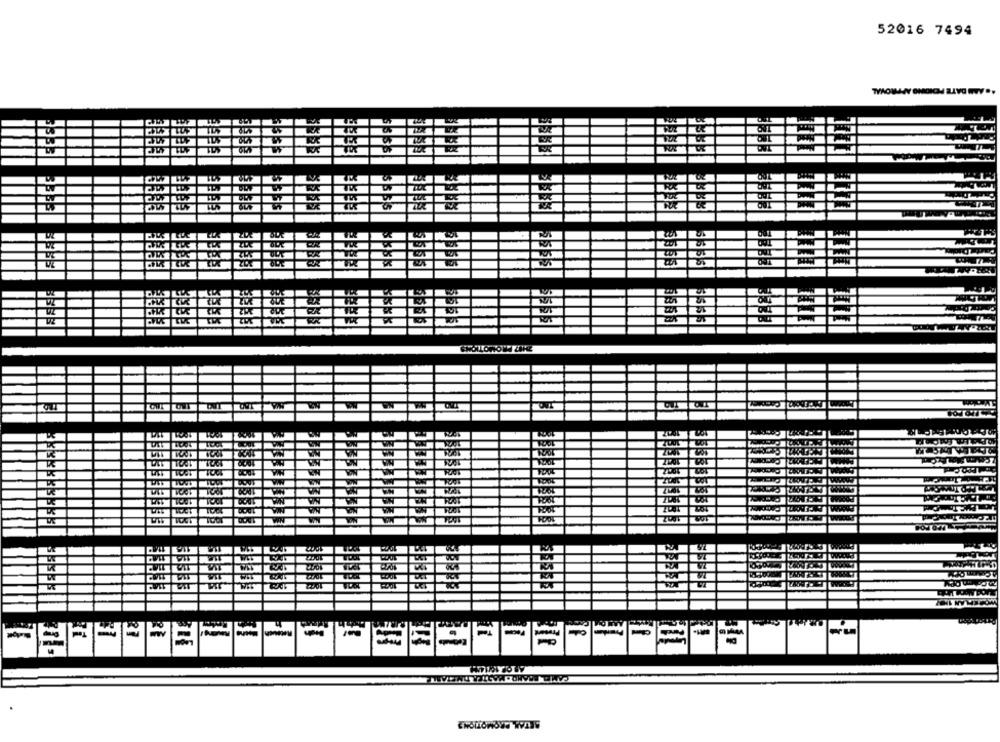
52016 7494
.. AAS DATE PENDING APPROVAL
BBBBI
ssss
EEE
1921
MIA
WIN